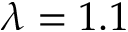
\lambda = 1 . 1